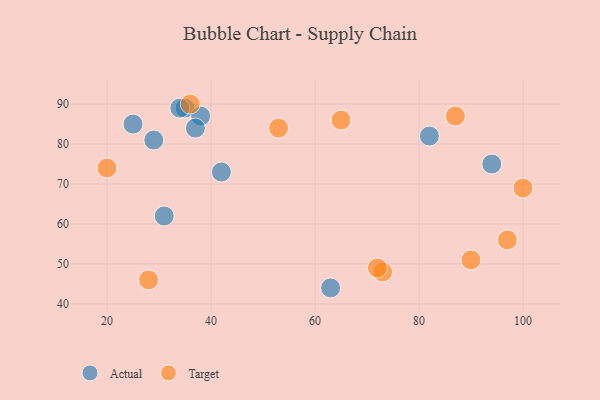
{"axis": {"x": "GDP", "y": "Life Expectancy"}, "legend": ["Actual", "Target"], "data": [{"x": "31", "y": 62, "type": "Actual"}, {"x": "35", "y": 89, "type": "Actual"}, {"x": "82", "y": 82, "type": "Actual"}, {"x": "42", "y": 73, "type": "Actual"}, {"x": "29", "y": 81, "type": "Actual"}, {"x": "38", "y": 87, "type": "Actual"}, {"x": "94", "y": 75, "type": "Actual"}, {"x": "37", "y": 84, "type": "Actual"}, {"x": "63", "y": 44, "type": "Actual"}, {"x": "34", "y": 89, "type": "Actual"}, {"x": "25", "y": 85, "type": "Actual"}, {"x": "20", "y": 74, "type": "Target"}, {"x": "28", "y": 46, "type": "Target"}, {"x": "100", "y": 69, "type": "Target"}, {"x": "73", "y": 48, "type": "Target"}, {"x": "87", "y": 87, "type": "Target"}, {"x": "65", "y": 86, "type": "Target"}, {"x": "72", "y": 49, "type": "Target"}, {"x": "53", "y": 84, "type": "Target"}, {"x": "36", "y": 90, "type": "Target"}, {"x": "90", "y": 51, "type": "Target"}, {"x": "97", "y": 56, "type": "Target"}]}